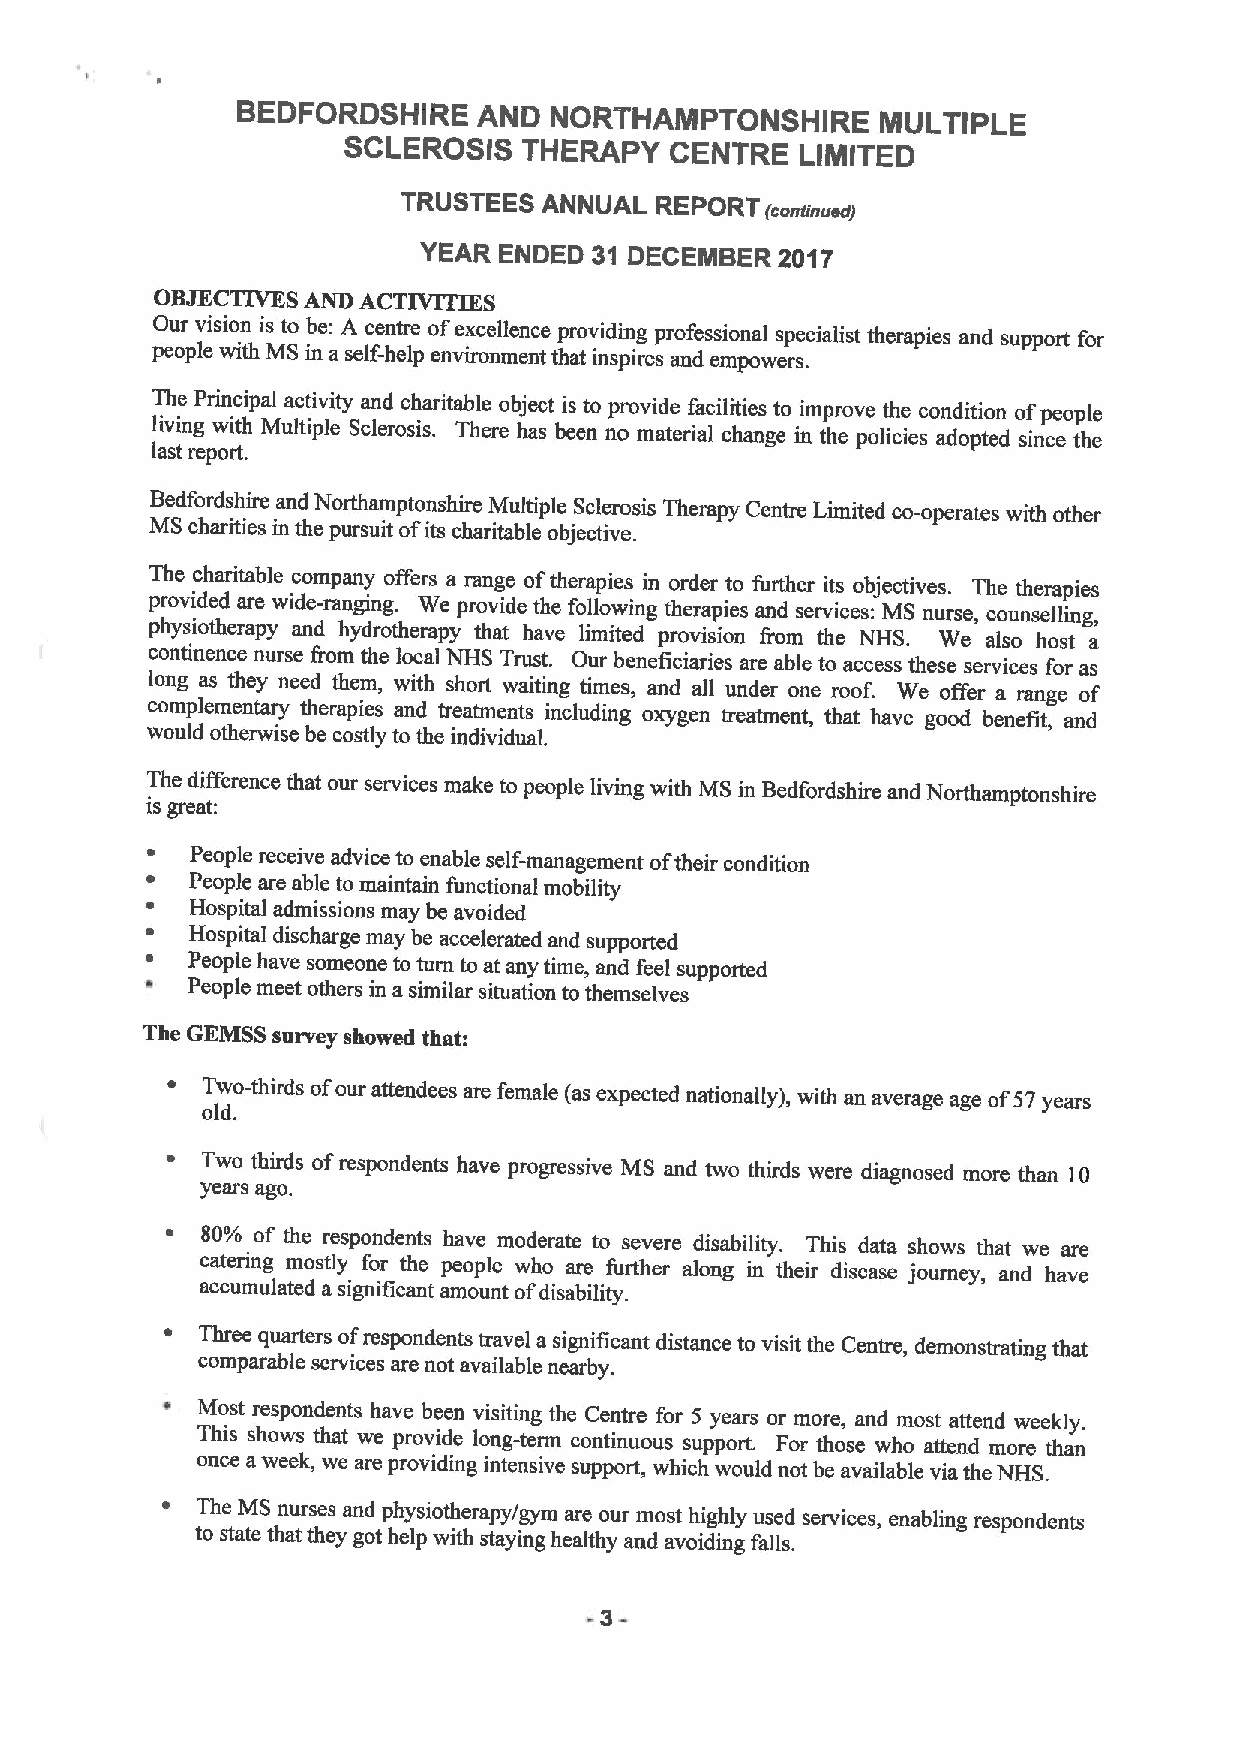
BEDFORDSHIRE    AND NORTHAMPTONSHIRE      MULTIPLE
 SCLEROSIS   THERAPY  CENTRE   LIMITED
 TRUSTEES ANNUAL REPORT
 (cent(naca/
 YEAR ENDED 31 DECEMBER  2017
 OBJECTIVES AND ACTIVITIES
 Our vision is to be: A centre ofexcellence providing professional specialist therapies and support for
 people with MS in a self-help environment that inspires and empowers.
 The Principal activity and charitable object is to provide facilities to improve the condition ofpeople
 living with Multiple Sclerosis. There has been no material change in the policies adopted since the
 last report.
 Bedfordshire and Noithamptonshire Multiple Sclerosis Therapy Centre Limited co-operates with other
 MS charities in the pursuit ofits charitable objective.
 The charitable company offers a range oftherapies in order to further its objectives. The therapies
 provided are wide-ranging. We provide the following therapies and services: MS nurse, counselling,
 physiotherapy and hydrotherapy that have limited provision from the NHS. We also host a
 continence nurse from the local NHS Trust. Our beneficiaries are able to access these services for as
 long as they need them, with short waiting times, and all under one roof. We offer a range of
 complementary therapies and treatments including oxygen treatment, that have good benefit, and
 would otherwise be costly to the individual.
 The difference that our services make to people living with MS in Bedfordshire and Northamptonshire
 is great:
 People receive advice to enable self-management oftheir condition
 People are able to maintain functional mobility
 Hospital admissions may be avoided
 Hospital discharge may be accelerated and supported
 People have someone to turn to at any time, and feel supported
 People meet others in a similar situation to themselves
 The GEMSS survey showed that:
 Two-thirds ofour attendees are female (as expected nationally), with an average age of57years
 old.
 Two thirds of respondents have progressive MS and two thirds were diagnosed more than 10
 years ago.
 80% of the respondents have moderate to severe disability. This data shows that we are
 catering mostly for the people who are further along in their disease journey, and have
 accumulated a significant amount ofdisability.
 Three quarters ofrespondents travel a significant distance to visit the Centre, demonstrating that
 comparable services are not available nearby.
 Most respondents have been visiting the Centre for 5 years or more, and most attend weekly.
 This shows that we provide long-term continuous support For those who attend more than
 once aweek, we are providing intensive support, which would not be available via the NHS.
 The MS nurses and physiotherapy/gym are our most highly used services, enabling respondents
 to state that they got help with staying healthy and avoiding falls.